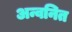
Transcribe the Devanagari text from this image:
अन्वनित